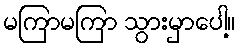
မကြာမကြာ သွားမှာပေါ့။